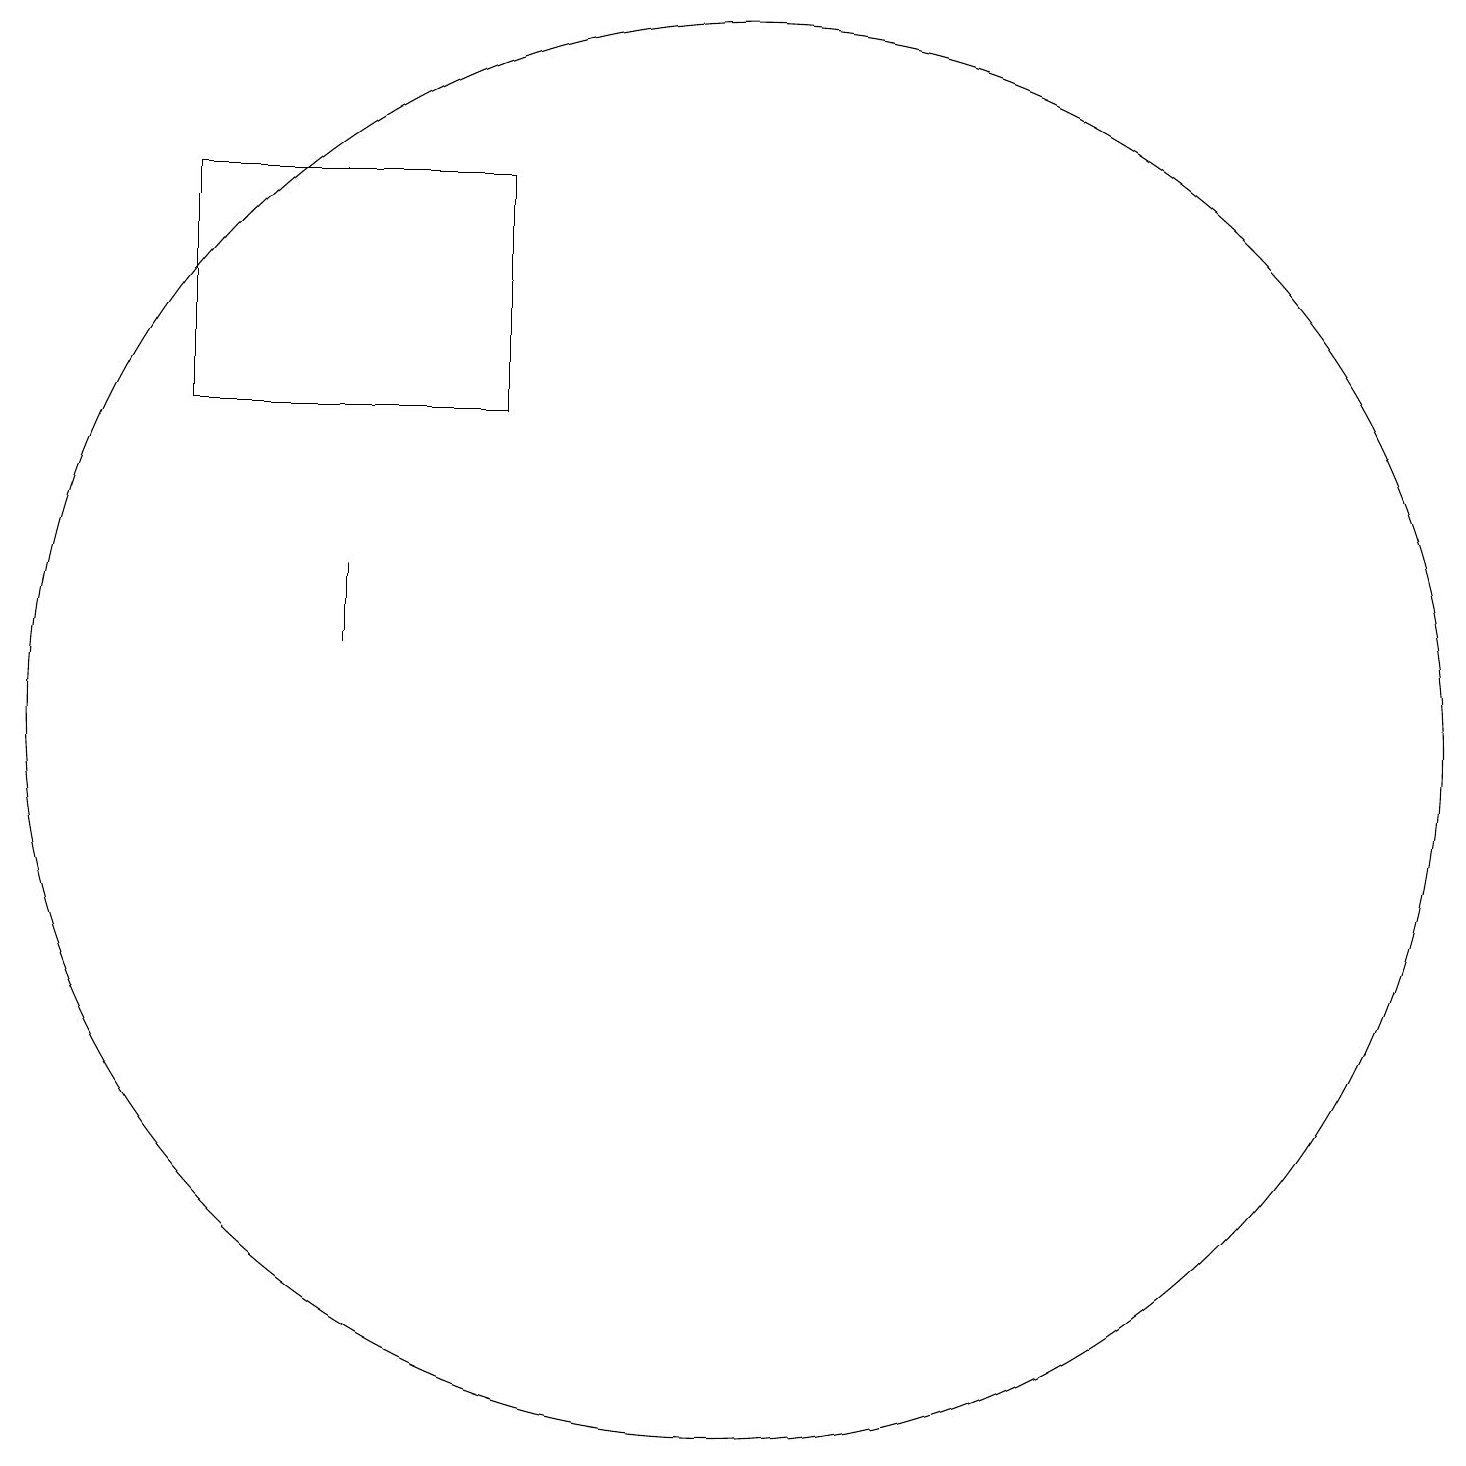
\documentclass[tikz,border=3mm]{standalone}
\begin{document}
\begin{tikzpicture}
\draw (4,18) rectangle (8,15);
\draw (11,11) circle (9);
\draw (6,12) rectangle (6,13);
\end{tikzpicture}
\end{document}